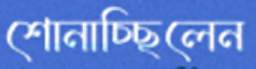
শোনাচ্ছিলেন